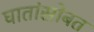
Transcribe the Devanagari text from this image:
घातांसोबत